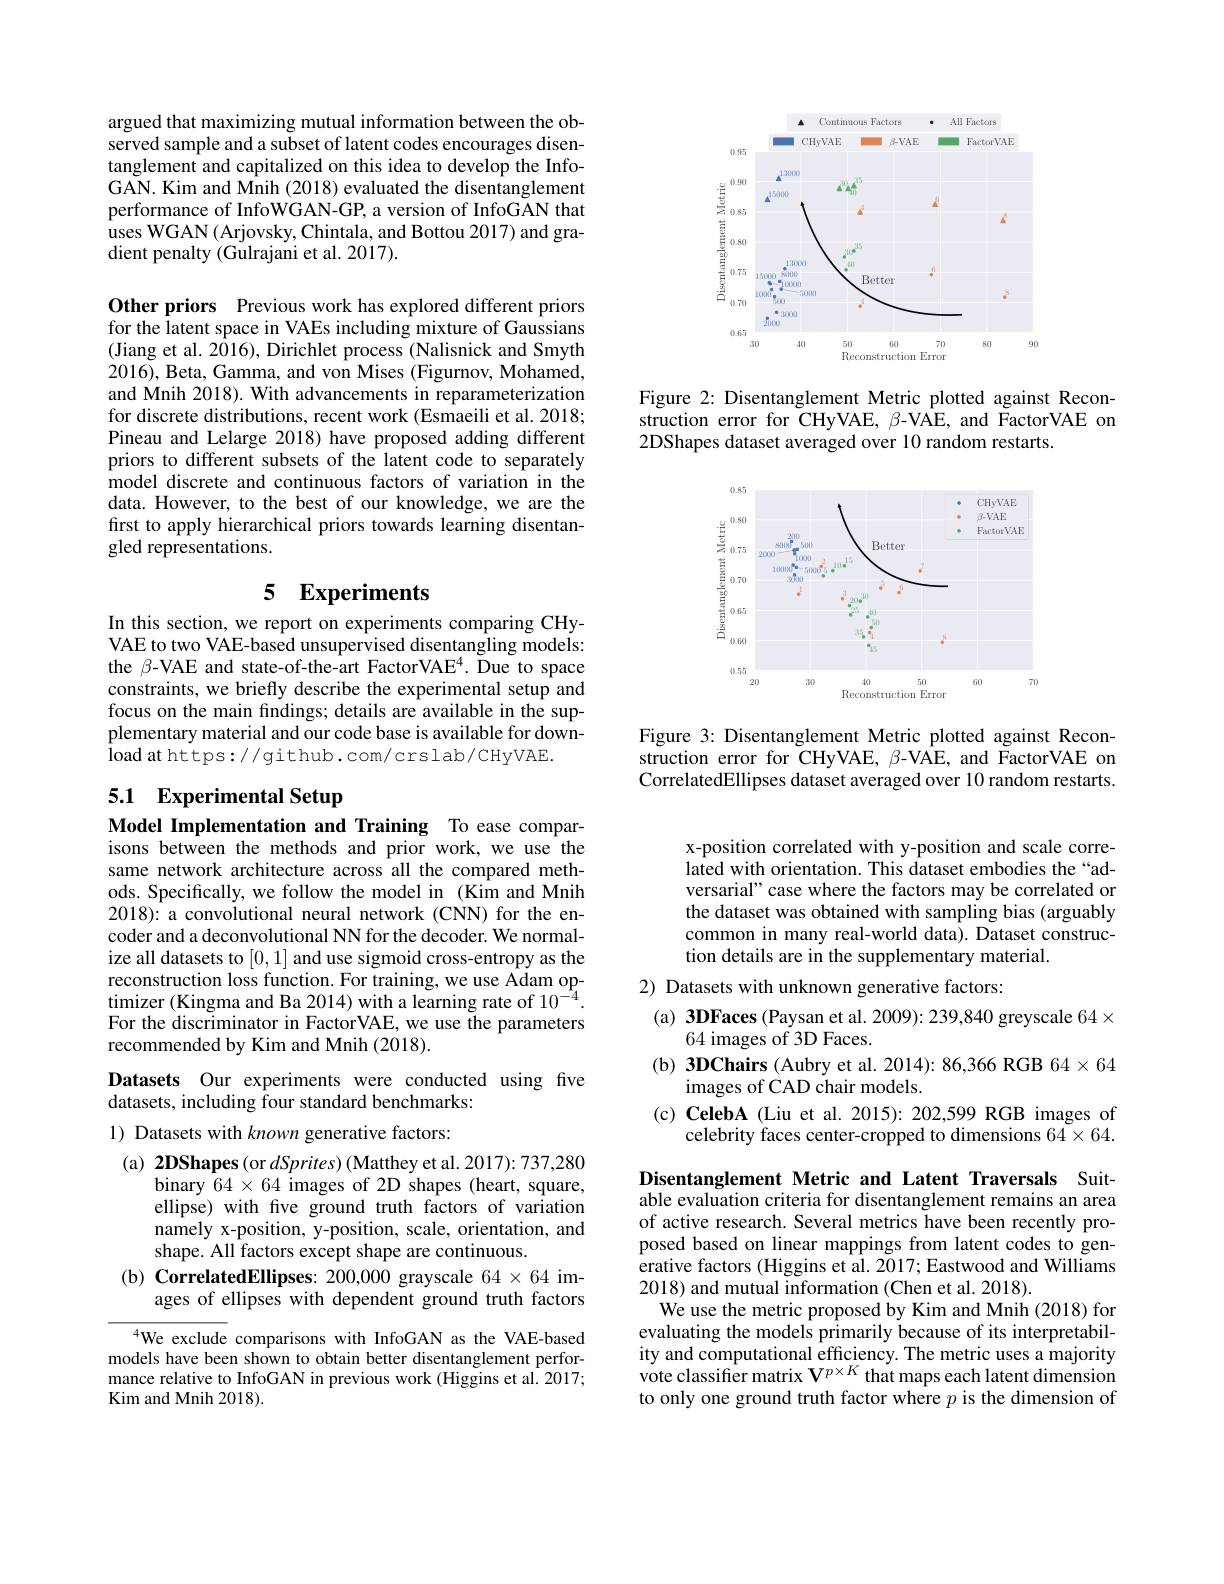
argued that maximizing mutual information between the observed sample and a subset of latent codes encourages disentanglement and capitalized on this idea to develop the InfoGAN. Kim and Mnih (2018) evaluated the disentanglement performance of InfoWGAN-GP, a version of InfoGAN that uses WGAN (Arjovsky, Chintala, and Bottou 2017) and gradient penalty (Gulrajani et al. 2017).

Other priors Previous work has explored different priors for the latent space in VAEs including mixture of Gaussians (Jiang et al. 2016), Dirichlet process (Nalisnick and Smyth 2016), Beta, Gamma, and von Mises (Figurnov, Mohamed, and Mnih 2018). With advancements in reparameterization for discrete distributions, recent work (Esmaeili et al. 2018; Pineau and Lelarge 2018) have proposed adding different priors to different subsets of the latent code to separately model discrete and continuous factors of variation in the data. However, to the best of our knowledge, we are the first to apply hierarchical priors towards learning disentangled representations.

## 5 $\mathbf{Experiments}$

In this section, we report on experiments comparing CHyVAE to two VAE-based unsupervised disentangling models: the β-VAE and state-of-the-art FactorVAE$^4.$ Due to space constraints, we briefly describe the experimental setup and focus on the main findings; details are available in the supplementary material and our code base is available for download at https://github.com/crslab/CHyVAE.

# 5.1 Experimental Setup

Model Implementation and Training To ease compar-

isons between the methods and prior work, we use the same network architecture across all the compared methods. Specifically, we follow the model in (Kim and Mnih 2018): a convolutional neural network (CNN) for the encoder and a deconvolutional NN for the decoder. We normalize all datasets to [0,1] and use sigmoid cross-entropy as the reconstruction loss function. For training, we use Adam optimizer (Kingma and Ba 2014) with a learning rate of $10^{-4}.$ For the discriminator in FactorVAE, we use the parameters recommended by Kim and Mnih (2018).

Datasets Our experiments were conducted using fve
datasets, including four standard benchmarks:
1) Datasets with known generative factors:

(a) 2DShapes (or dSprites) (Matthey et al. 2017): 737,280
binary $64\times64$ images of 2D shapes (heart, square, ellipse) with five ground truth factors of variation namely x-position, y-position, scale, orientation, and shape. All factors except shape are continuous.
(b) CorrelatedEllipses: 200,000 grayscale 64×64 im-
ages of ellipses with dependent ground truth factors

$^{4}$We exclude comparisons with InfoGAN as the VAE-based models have been shown to obtain better disentanglement performance relative to InfoGAN in previous work (Higgins et al. 2017; Kim and Mnih 2018).

<FigureHere>

Figure 2: Disentanglement Metric plotted against Reconstruction error for CHyVAE, β-VAE, and FactorVAE on 2DShapes dataset averaged over 10 random restarts.

<FigureHere>

Figure 3: Disentanglement Metric plotted against Reconstruction error for CHyVAE, β-VAE, and FactorVAE on CorrelatedEllipses dataset averaged over 10 random restarts.

x-position correlated with y-position and scale correlated with orientation. This dataset embodies the “adversarial" case where the factors may be correlated or the dataset was obtained with sampling bias (arguably common in many real-world data). Dataset construction details are in the supplementary material.

2) Datasets with unknown generative factors:

(a) 3DFaces (Paysan et al. 2009): 239,840 greyscale 64×
64 images of 3D Faces.
(b) 3DChairs (Aubry et al. 2014): 86,366 RGB 64×64
images of CAD chair models.
(c) CelebA (Liu et al. 2015): 202,599 RGB images of
celebrity faces center-cropped to dimensions 64×64.

Disentanglement Metric and Latent Traversals Suitable evaluation criteria for disentanglement remains an area of active research. Several metrics have been recently proposed based on linear mappings from latent codes to generative factors (Higgins et al. 2017; Eastwood and Williams 2018) and mutual information (Chen et al. 2018).
We use the metric proposed by Kim and Mnih (2018) for evaluating the models primarily because of its interpretability and computational efficiency. The metric uses a majority vote classifier matrix $\mathbf{V}^{p\times K}$ that maps each latent dimension to only one ground truth factor where $p$ is the dimension of